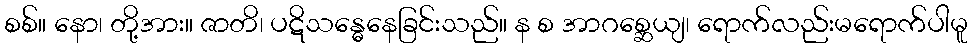
စစ်။ နော၊ တို့အား။ ဇာတိ၊ ပဋိသန္ဓေနေခြင်းသည်။ န စ အာဂစ္ဆေယျ၊ ရောက်လည်းမရောက်ပါမူ